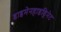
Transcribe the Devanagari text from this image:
डाइमेनहाइड्रिनेट